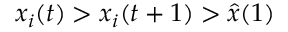
x _ { i } ( t ) > x _ { i } ( t + 1 ) > \hat { x } ( 1 )